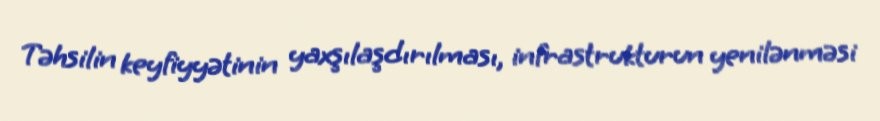
Təhsilin keyfiyyətinin yaxşılaşdırılması, infrastrukturun yenilənməsi